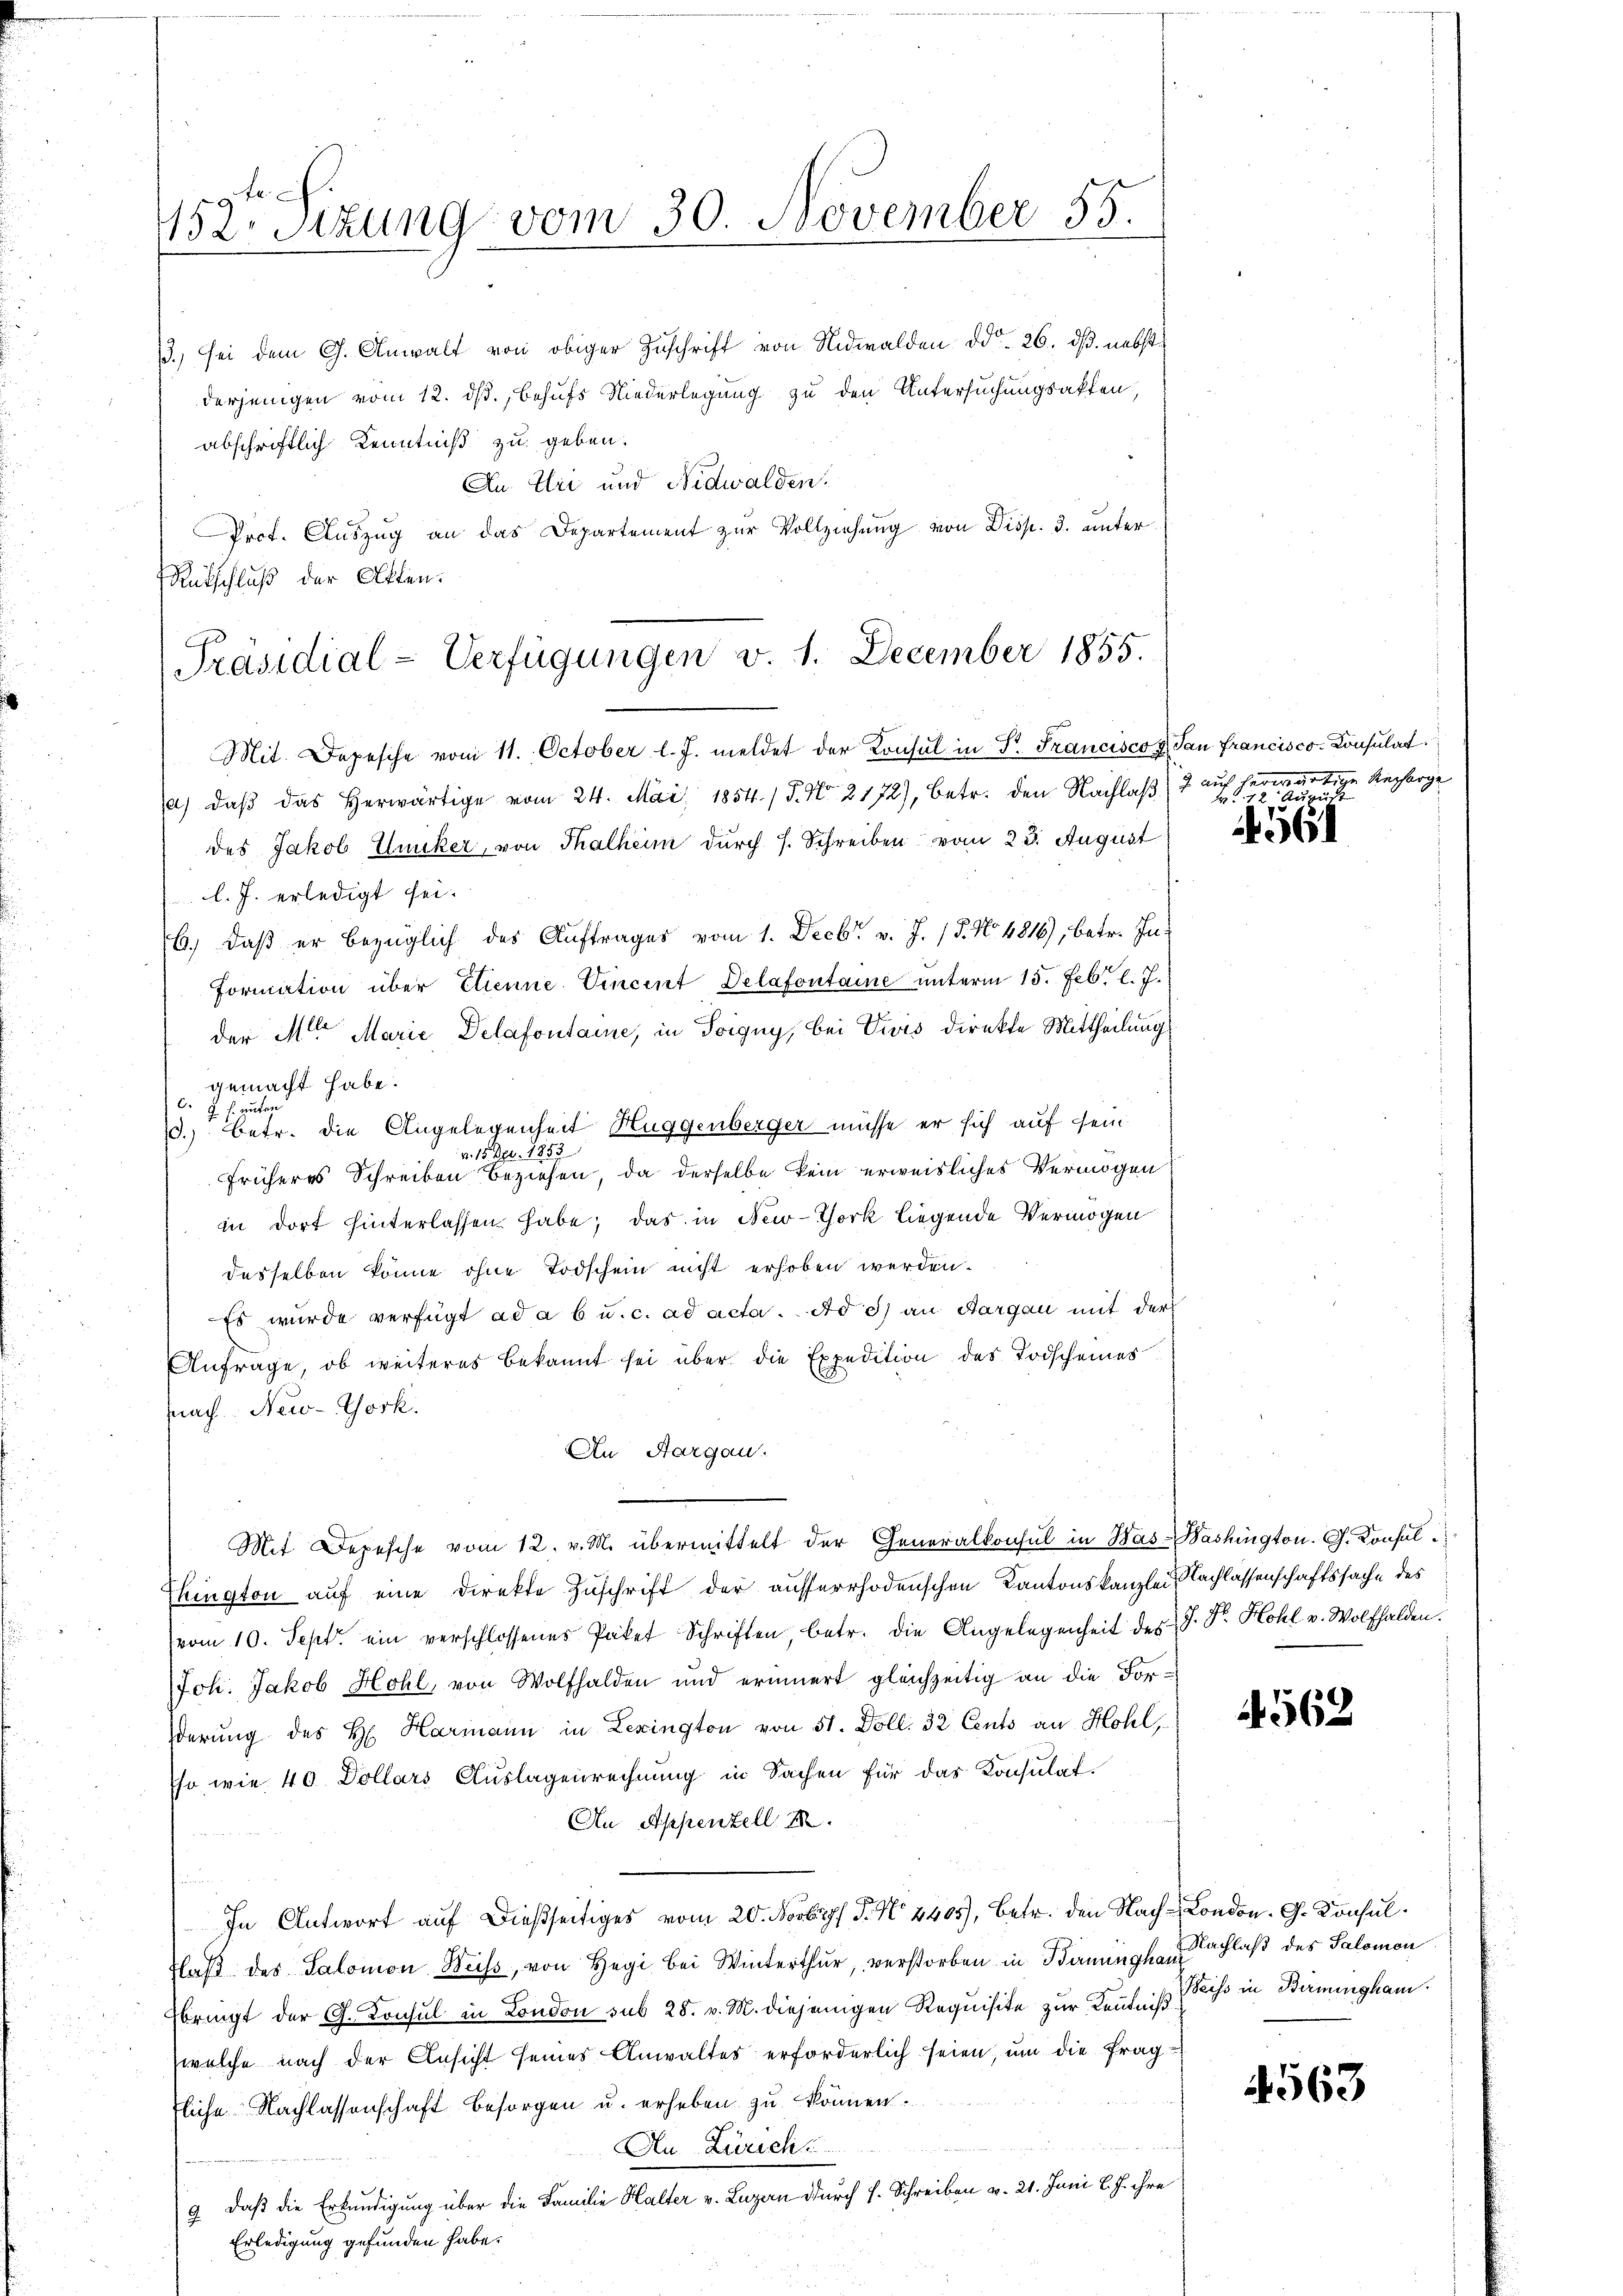
3. sei dem G. Anwalt von obiger Zuschrift von Nidwalden ddo 26. ds. nebst
derjenigen vom 12. ds., behufs Niederlegung zu den Untersuchungsakten,
abschriftlich Kenntniß zu geben.
Au. Uri und Nidwalden.
Prot. Auszug an das Departement zur Vollziehung von Disp. 3. unter
Mutschluß der Atten.

152 Sizung vom 30. November 155.

Präsidial-Verfügungen v. 1. December 1855.

Mit. Depesche vom 11. October l. J. meldet der Konsul in P. Francisco v. San Francisco Consulat
a) daβ das herwärtige vom 24. Mai 1854. / 5. No. 2172), betr. den Nachlaß 2 auf herwärtige Recharge
des Jakob Zucker, von Thalheim durch s. Schreiben vom 23. August
l. J. erledigt sei.
6.) Daß er bezüglich des Auftrages vom 1. Decbr. v. J. 15. No. 4816), betr. In-
Formation über Etienne. Vincent Delafontaine unterm 15. Febr. l. J.
der Meter Marie Delafontaire, in Soigny, bei Divis direkte Mittheilung
gemacht habe.
1. betr. die Angelegenheit Huggenberger müsse er sich auf sein
v. 15. Apr. 1853
früheres Schreiben beziehen, da derselbe kein erweisliches Vermögen
in dort hinterlassen habe; das in New-York liegende Vermögen
desselben könne ohne Todschein nicht erhoben werden.
Es wurde verfügt ad a b u. c. ad acta. Ad d) an Sargau mit der
Anfrage, ob weiteres bekannt sei über die Expedition des Todscheines
nach New-York.
An Aargau.
Mit Depesche vom 12. v. M. übermittelt der Generalkonsul in Was-Washington. G. Konsul
Thington auf eine Direkte Zuschrift der ausserrhodenschen Kantonskanzlei Nachlassenschaftssache des
vom 10. Sept. ein verschlossenes Paket Schriften, betr. die Angelegenheit des J. Sr. Hohl v. Wolfhalden.
Joh. Jakob Hohl, von Wolfhalden und erinnert gleichzeitig an die For-
derung des H. Harmann in Lexington von 51. Doll. 32 Cents an Hohl,
sso, wie 40 Dollars Auslagenrechnung in Sachen für das Konsulat
An Appenzell I.
In Antwort auf dießseitiges vom 20. Novbr. P. No. 4405), betr. den Nach London. G. Konsul
Flaβ des Salomon Weiss, von Hegi bei Winterthur, verstorben in Banngeschlaß des Salomon
bringt der G. Konsul in London sub 28. v. M. diejenigen Requisite zur Kenntniß Reis in Birmingham.
welche nach der Ansicht seines Anwaltes erforderlich seien, ŭm die frag
fliche Nachlassenschaft besorgen u. erheben zu können.
An Zürich
9 daß die Erkundigung über die Familie Halter v. Luzern durch s. Schreiben v. 21. Juni l. J. ihre
Erledigung gefunden habe.

42 August

4561

562

4563